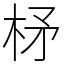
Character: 柕